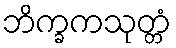
ဘိက္ခကသုတ္တံ